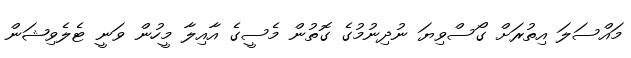
މައްސަލަ އިތުރަށް ގޯސްވިޔަ ނުދިނުމުގެ ގޮތުން މެސީގެ އާއިލާ މީހުން ވަނީ ޓެލެވިޝަން